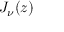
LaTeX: \textstyle J _ { \nu } ( z )